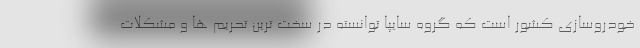
خودروسازي كشور است كه گروه سايپا توانسته در سخت ترين تحريم ها و مشكلات